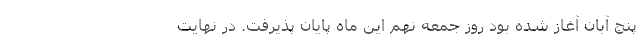
پنج آبان آغاز شده بود روز جمعه نهم این ماه پایان پذیرفت. در نهایت